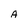
Character: A